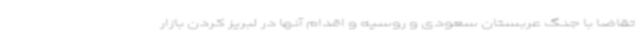
تقاضا با جنگ عربستان سعودی و روسیه و اقدام آنها در لبریز کردن بازار